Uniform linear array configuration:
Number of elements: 32
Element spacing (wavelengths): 0.5
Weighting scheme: kaiser
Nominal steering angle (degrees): -60
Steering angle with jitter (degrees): -58.816
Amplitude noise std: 0.05
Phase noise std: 0.05

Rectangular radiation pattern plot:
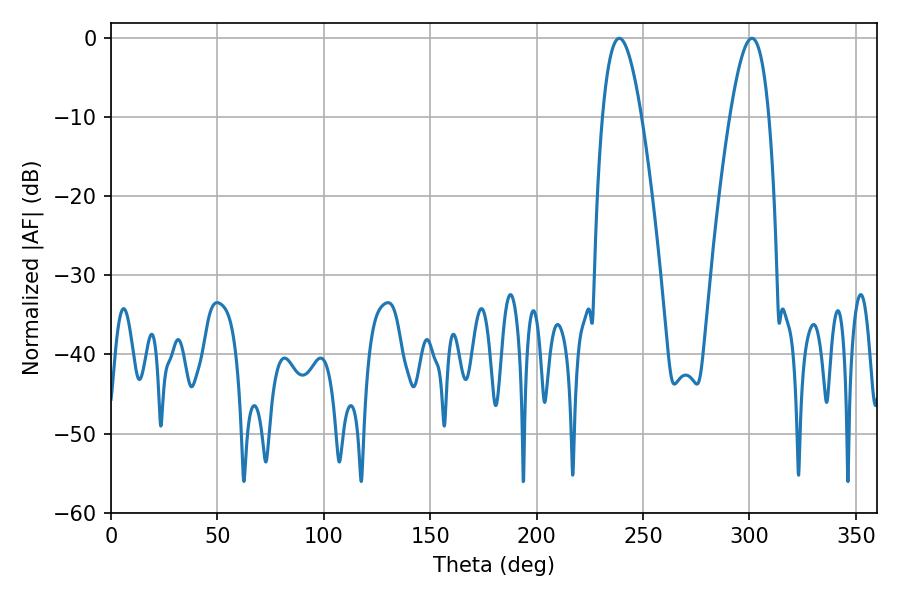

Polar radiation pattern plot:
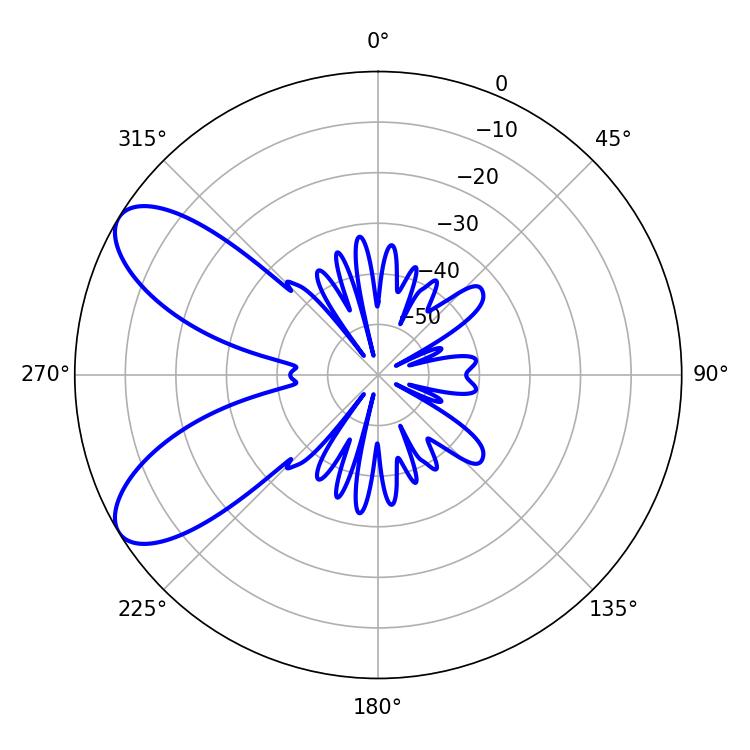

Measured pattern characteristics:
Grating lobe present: FALSE
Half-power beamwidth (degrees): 10.08
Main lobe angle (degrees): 238.86